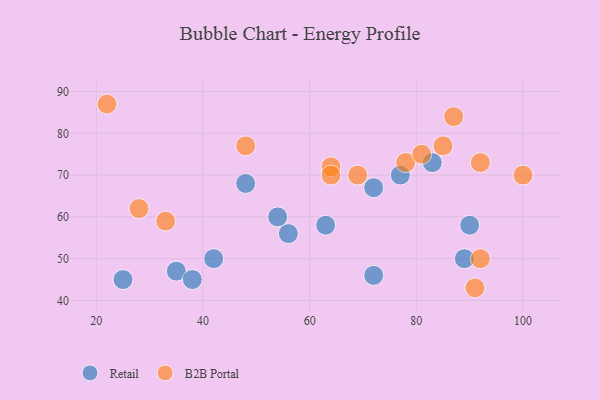
{"axis": {"x": "GDP", "y": "Life Expectancy"}, "legend": ["B2B Portal", "Retail"], "data": [{"x": "35", "y": 47, "type": "Retail"}, {"x": "77", "y": 70, "type": "Retail"}, {"x": "89", "y": 50, "type": "Retail"}, {"x": "72", "y": 46, "type": "Retail"}, {"x": "48", "y": 68, "type": "Retail"}, {"x": "56", "y": 56, "type": "Retail"}, {"x": "25", "y": 45, "type": "Retail"}, {"x": "42", "y": 50, "type": "Retail"}, {"x": "38", "y": 45, "type": "Retail"}, {"x": "90", "y": 58, "type": "Retail"}, {"x": "83", "y": 73, "type": "Retail"}, {"x": "54", "y": 60, "type": "Retail"}, {"x": "72", "y": 67, "type": "Retail"}, {"x": "63", "y": 58, "type": "Retail"}, {"x": "91", "y": 43, "type": "B2B Portal"}, {"x": "28", "y": 62, "type": "B2B Portal"}, {"x": "78", "y": 73, "type": "B2B Portal"}, {"x": "92", "y": 73, "type": "B2B Portal"}, {"x": "87", "y": 84, "type": "B2B Portal"}, {"x": "64", "y": 72, "type": "B2B Portal"}, {"x": "48", "y": 77, "type": "B2B Portal"}, {"x": "85", "y": 77, "type": "B2B Portal"}, {"x": "33", "y": 59, "type": "B2B Portal"}, {"x": "64", "y": 70, "type": "B2B Portal"}, {"x": "81", "y": 75, "type": "B2B Portal"}, {"x": "92", "y": 50, "type": "B2B Portal"}, {"x": "69", "y": 70, "type": "B2B Portal"}, {"x": "100", "y": 70, "type": "B2B Portal"}, {"x": "22", "y": 87, "type": "B2B Portal"}]}